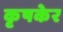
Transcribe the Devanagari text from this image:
कृषकेर